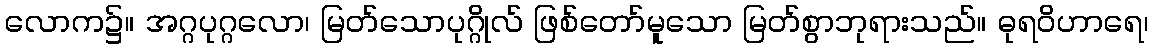
လောက၌။ အဂ္ဂပုဂ္ဂလော၊ မြတ်သောပုဂ္ဂိုလ် ဖြစ်တော်မူသော မြတ်စွာဘုရားသည်။ ဓုရဝိဟာရေ၊